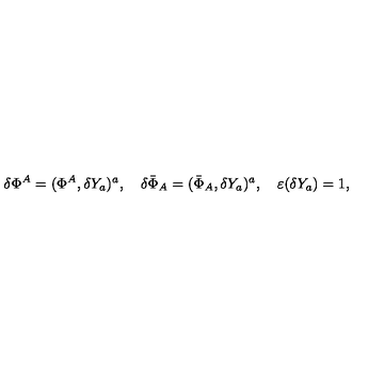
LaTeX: \delta \Phi ^ { A } = ( \Phi ^ { A } , \delta Y _ { a } ) ^ { a } , \quad \delta \bar { \Phi } _ { A } = ( \bar { \Phi } _ { A } , \delta Y _ { a } ) ^ { a } , \quad \varepsilon ( \delta Y _ { a } ) = 1 ,